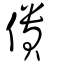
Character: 僓